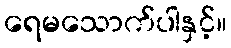
ရေမသောက်ပါနှင့်။